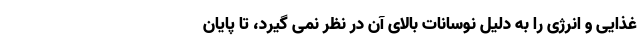
غذایی و انرژی را به دلیل نوسانات بالای آن در نظر نمی گیرد، تا پایان